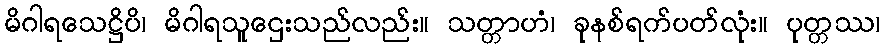
မိဂါရသေဋ္ဌိပိ၊ မိဂါရသူဌေးသည်လည်း။ သတ္တာဟံ၊ ခုနစ်ရက်ပတ်လုံး။ ပုတ္တဿ၊